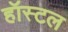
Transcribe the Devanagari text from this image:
हॉस्‍टल